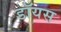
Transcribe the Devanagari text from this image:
डॉयस